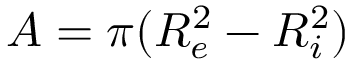
A = \pi ( R _ { e } ^ { 2 } - R _ { i } ^ { 2 } )